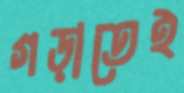
গড়াতেই